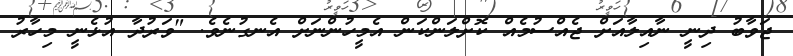
ޖަވާބު ދިނީ ނާއިލާއަށް ޖެއްސުމެއް ކޮށްލަންކަން އެމީހުންނަށް އެނގުނެވެ. "ވަރުދާ އުޅެނީ މިހާރު